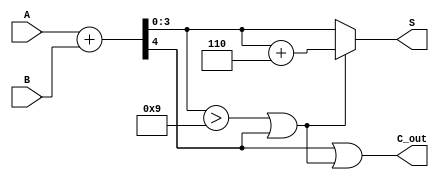
module BCD_Asynchronous_Adder (
    input  [3:0] A,      // First BCD digit
    input  [3:0] B,      // Second BCD digit
    output [3:0] S,      // BCD sum output
    output C_out         // Carry output
);

    wire [4:0] Sum;      // 5-bit sum to hold the binary addition
    wire C_temp;         // Temporary carry from the addition
    wire correction;     // Signal to indicate if correction is needed

    // Step 1: Calculate initial binary sum
    assign Sum = A + B;  // 5-bit sum to accommodate carry
    assign C_temp = Sum[4]; // Carry out from the addition

    // Step 2: Determine if correction is needed
    assign correction = (Sum[3:0] > 4'b1001) || C_temp;

    // Step 3: Calculate BCD output
    assign S = correction ? (Sum[3:0] + 4'b0110) : Sum[3:0];

    // Step 4: Determine carry output
    assign C_out = C_temp || correction;

endmodule